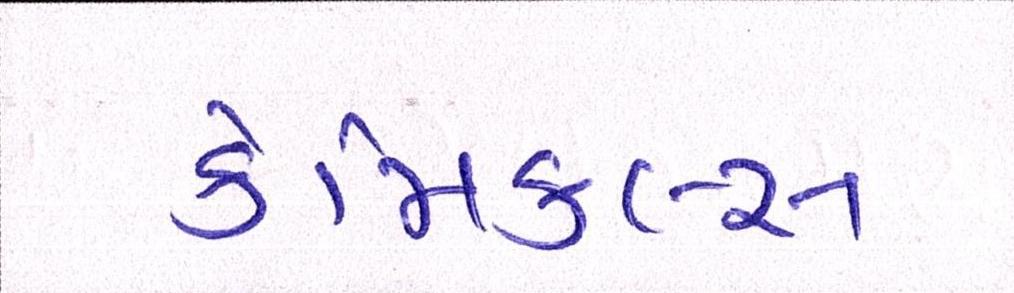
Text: કેમિકલ્સ